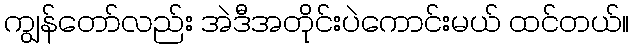
ကျွန်တော်လည်း အဲဒီအတိုင်းပဲကောင်းမယ် ထင်တယ်။